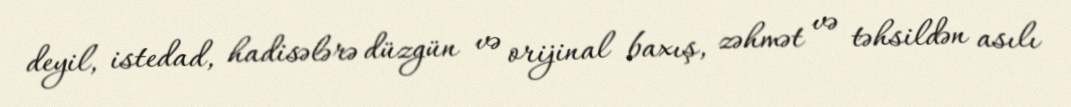
deyil, istedad, hadisələrə düzgün və orijinal baxış, zəhmət və təhsildən asılı